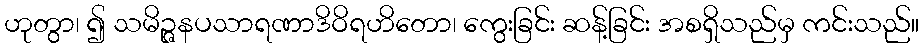
ဟုတွာ၊ ၍ သမိဉ္ဇနပသာရဏာဒိဝိရဟိတော၊ ကွေးခြင်း ဆန့်ခြင်း အစရှိသည်မှ ကင်းသည်။